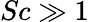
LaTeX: Sc\gg 1